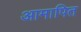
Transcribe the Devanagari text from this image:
आमापित